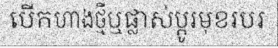
បើកហាងថ្មីឬផ្លាស់ប្តូរមុខរបរ